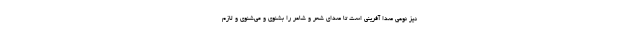
نیز نوعی صدا‌ آفرینی است تا صدای شعر و شاعر را بشنوی و می‌شنوی و لازم